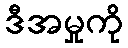
ဒီအမှုကို